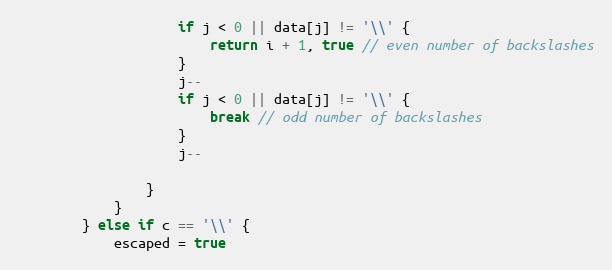
Language: Go
					if j < 0 || data[j] != '\\' {
						return i + 1, true // even number of backslashes
					}
					j--
					if j < 0 || data[j] != '\\' {
						break // odd number of backslashes
					}
					j--

				}
			}
		} else if c == '\\' {
			escaped = true